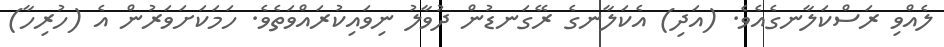
ލެއްވި ރަސްކަލާނގެއެވެ. (އަދި) އެކަލާނގެ ރޭގަނޑުން ދުވާލު ނިވައިކުރައްވަތެވެ. ހަމަކަށަވަރުން އެ (ހުރިހާ)